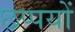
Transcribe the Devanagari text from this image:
छप्पयों